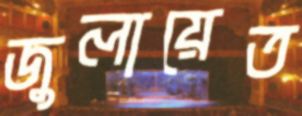
জুলায়েত